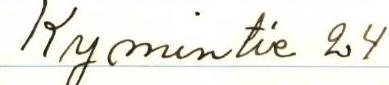
Kymentie 24